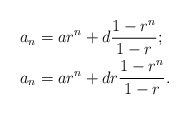
\begin{align*}&a_n=ar^n+d\frac{1-r^n}{1-r};\\&a_n=ar^n+dr\frac{1-r^n}{1-r}.\end{align*}